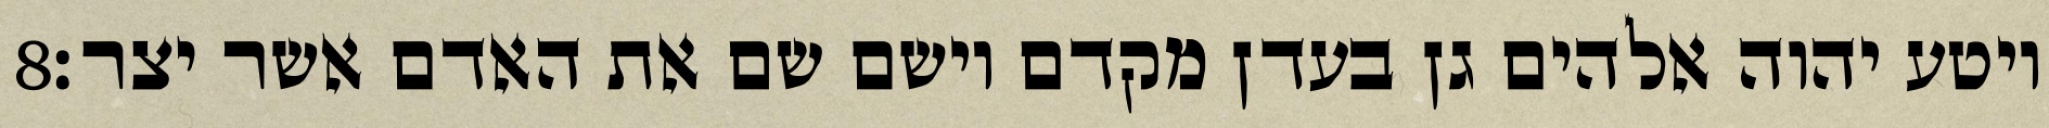
‎8‏ ויטע יהוה אלהים גן בעדן מקדם וישם שם את האדם אשר יצר׃